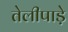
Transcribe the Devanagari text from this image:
तेलीपाड़े